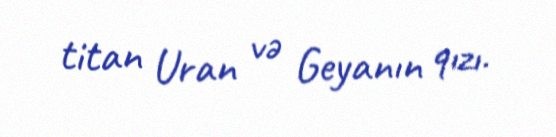
titan Uran və Geyanın qızı.